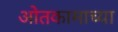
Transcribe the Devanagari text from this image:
ओतकामाच्या